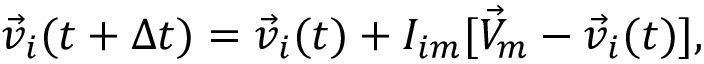
\vec { v } _ { i } ( t + \Delta t ) = \vec { v } _ { i } ( t ) + I _ { i m } [ \vec { V } _ { m } - \vec { v } _ { i } ( t ) ] ,